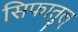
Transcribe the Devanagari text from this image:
सिफातुल्